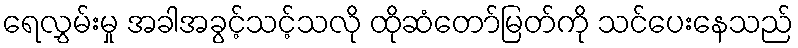
ရေလွှမ်းမှု အခါအခွင့်သင့်သလို ထိုဆံတော်မြတ်ကို သင်ပေးနေသည်